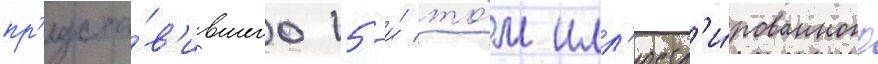
пр'едста́в'ившего 15-и́ то́м илл'юстр'и́рованного